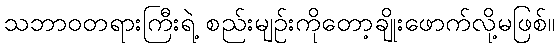
သဘာဝတရားကြီးရဲ့ စည်းမျဉ်းကိုတော့ချိုးဖောက်လို့မဖြစ်။